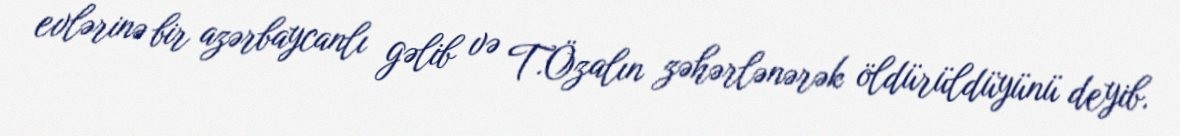
evlərinə bir azərbaycanlı gəlib və T.Özalın zəhərlənərək öldürüldüyünü deyib.